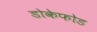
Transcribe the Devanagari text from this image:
डोकेफोड